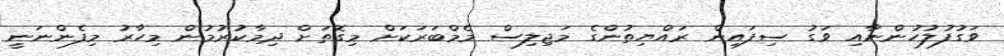
ވަގުފުލުހުންނާއި ވަގު ސިފައިން ރައްޔިތުންގެ މަޖިލިސް މެމްބަރަކަށް މިގޮތަށް ދިމާކުރުމުން މިހާރު މިފެންނަނީ